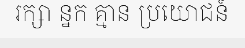
រក្សា ន្នក គ្មាន ប្រយោជន៍